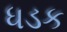
ધડક